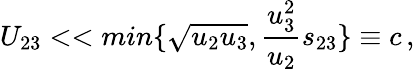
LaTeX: U_{23}<<min\{ \sqrt{u_{2}u_{3}},{\frac{u_{3}^{2}}{u_{2}}}s_{23}\} \equiv c\, ,